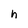
Character: h